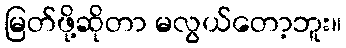
မြတ်ဖို့ဆိုတာ မလွယ်တော့ဘူး။